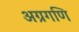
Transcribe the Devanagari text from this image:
अग्रगणि